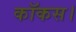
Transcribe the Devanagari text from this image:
कॉकस।